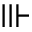
\Vvdash